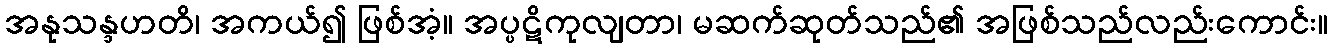
အနုသန္ဒဟတိ၊ အကယ်၍ ဖြစ်အံ့။ အပ္ပဋိကုလျတာ၊ မဆက်ဆုတ်သည်၏ အဖြစ်သည်လည်းကောင်း။